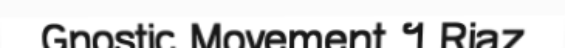
Gnostic Movement ។ Riaz